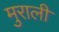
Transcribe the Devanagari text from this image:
मुराली